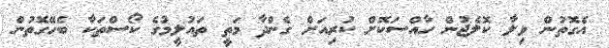
އެގޮތުން ވިލާ ކޮލެޖުން ހާއްސަކޮށް ކުުރިއަށް ގެންދާ މަތީ ތައުލީމުގެ ކޯސްތަކާ ބެހޭގޮތުން